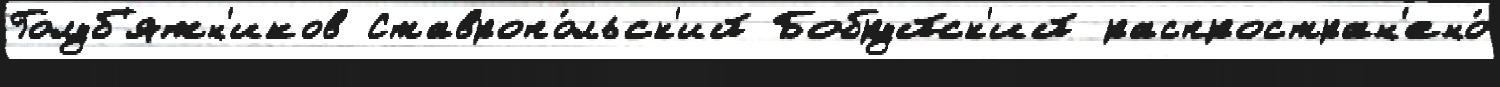
Голуб'ятн'иков Ставропо́льск'ий Бобруйск'ий распростран'ено́